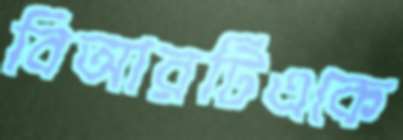
বিআরটিএকে